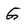
Character: g